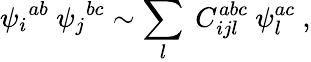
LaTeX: {\psi_{i}}^{ab}\ {\psi_{j}}^{bc}\sim\sum_{l}\ C_{ijl}^{abc}\ \psi_{l}^{ac}\ ,